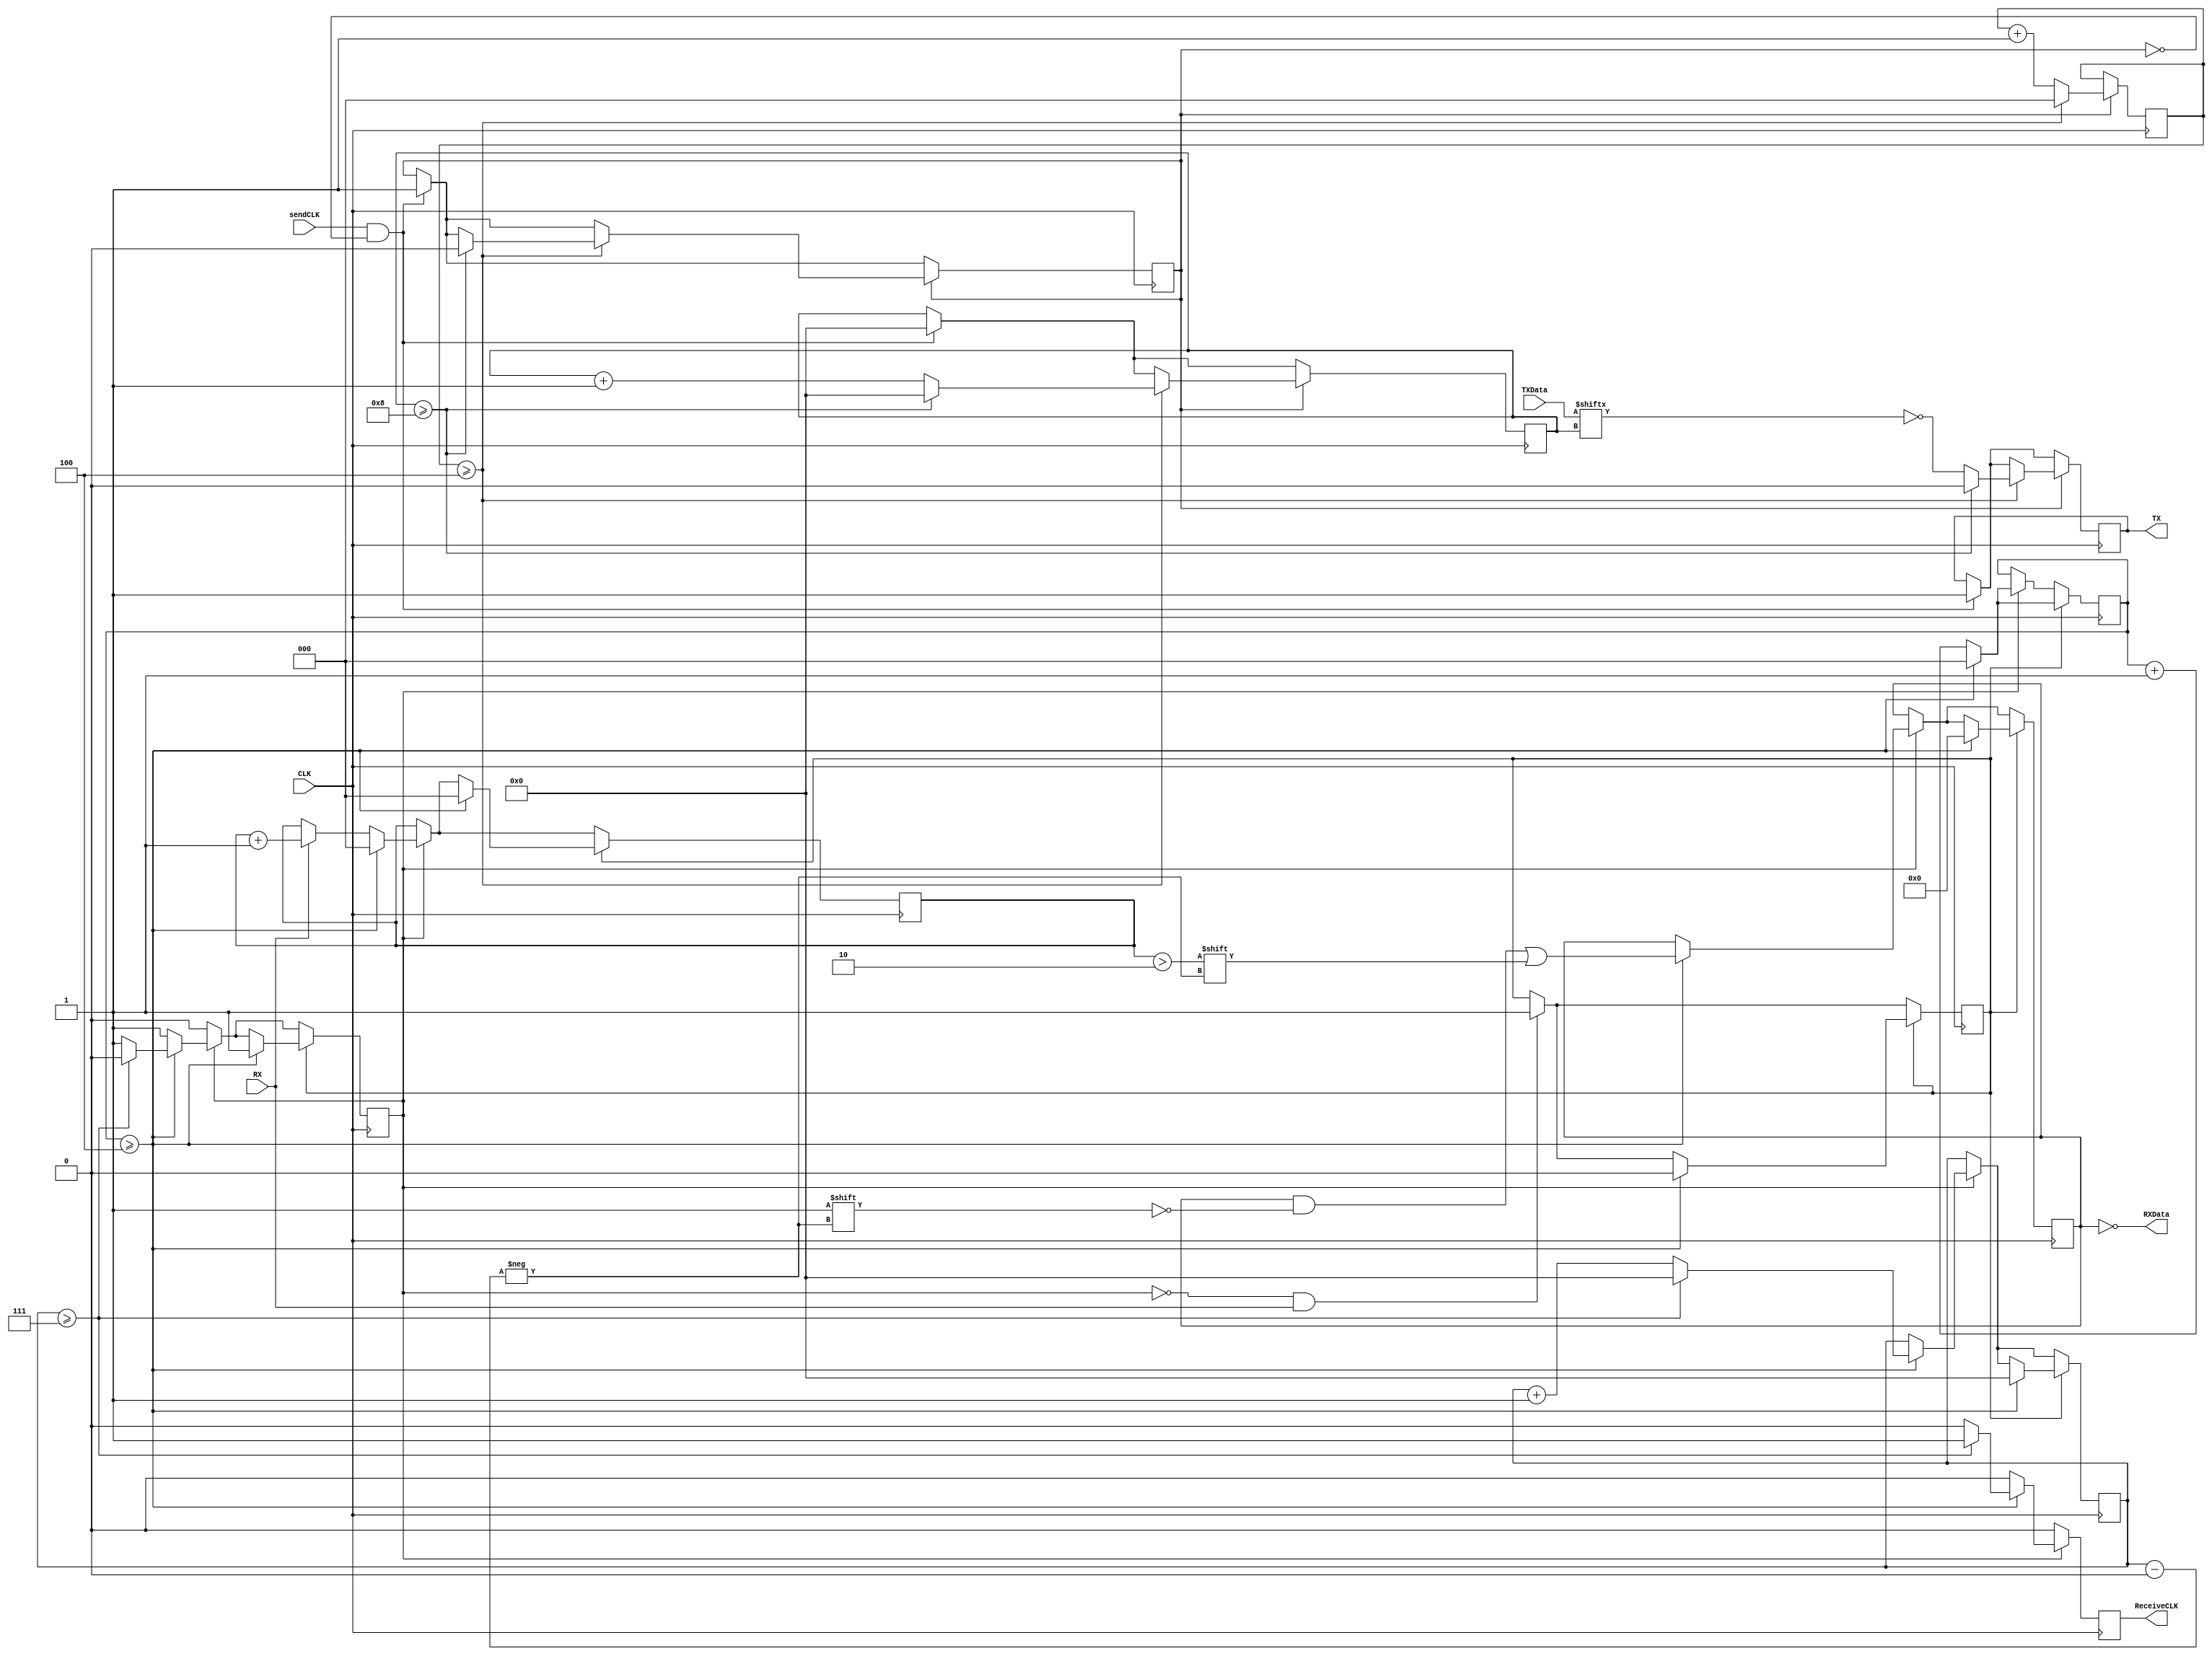
`timescale 1ns / 1ps
//////////////////////////////////////////////////////////////////////////////////
// Company: 
// Engineer: 
// 
// Design Name: 
// Module Name:    RS232 
// Project Name: 
// Target Devices: 
// Tool versions: 
// Description: RS232 Receiver; Used to debug the Basys board by setting certain 
//						variables.
//
// Dependencies: 
//
// Revision: 
// Revision 0.01 - File Created
// Additional Comments: 
//
//////////////////////////////////////////////////////////////////////////////////
module RS232(
	 input CLK,
    input RX, // rx pin (TX as seen from device)
    output TX, // tx pin (RX seen from device)
    output ReceiveCLK, // clocked when a full char has been received.
	 input sendCLK, // clocked when a full char has been put into the buffer.
	 output [7:0] RXData, // data received from device
	 input [7:0] TXData // data sending (en route, clocked by sendCLK)
    );
	 
	 reg ReceiveCLK_, TX_;
	 reg [7:0] RXData_;
	 reg Receiving, Sending; // receiving data
	 reg [5:0] ReceiveCounter, SendingCounter;
	 
	 // Majority Rule counters
	 reg [2:0] Majority, MajorityCounter, MajorityCounter2;
	 reg TSet;
	 
	 initial begin
		ReceiveCLK_ = 0;
		RXData_ = 0;
		Receiving = 0;
		ReceiveCounter = 0;
		Sending = 0;
		SendingCounter = 0;
		Majority=0;
		MajorityCounter=0;
		MajorityCounter2=0;
		TSet=0;
		TX_ = 0;
	 end
	 
	 assign ReceiveCLK = ReceiveCLK_;
	 assign RXData = ~RXData_;
	 assign TX = TX_;
	 
	 // RX will clock, first clock will activate the cycle.
	 // Perform Majority rule with 5 clocks, Majority rule improves efficiency
	 always @ (posedge CLK) begin
		ReceiveCLK_ <= 0;
	 
	   if(Receiving) begin
			TSet <= 0;
			if(MajorityCounter >= 4) begin // majority rule count
				MajorityCounter <= 0;
				// Receive data! Set to true if majority ruled
				RXData_[ReceiveCounter] <= (Majority > 2);

				
				// reset receiving counter
				if(ReceiveCounter >= 7) begin
					ReceiveCounter <= 0;
					Receiving <= 0;
					ReceiveCLK_ <= 1;
				// ELSE: increment receivecounter	
				end else ReceiveCounter <= ReceiveCounter + 1;
				
				Majority <= 0; //reset majority
			end else begin
				MajorityCounter <= MajorityCounter+1; //keep track
				Majority <= (RX) ? Majority+1 : Majority; // increment by 1
			end
		end
		
		// Start receiving if RX == 1
		TSet <= (~Receiving && RX) ? 1 : TSet; // keep on
		if(TSet)	begin
			if(MajorityCounter >= 4) begin // use counter to offset
				MajorityCounter <= 0;
				
				ReceiveCounter <= 0;
				RXData_ <= 0;
				Receiving <= 1; // clock receiving clock
				Majority <= 0;
				TSet <= 0;
			end else begin
				MajorityCounter <= MajorityCounter+1;
			end
		end
	 end
	 
	 
	 // Sending occurs on the negative edge.
	 // This allows for dedicated outputs.
	 always @(negedge CLK) begin
		if(sendCLK && ~Sending) begin
			TX_ <= 1; // Send start bit!
			SendingCounter <= 0;
			Sending <= 1; // start sending information over
		end
		
		// Sending section; Send information over!
		if(Sending) begin
			if(MajorityCounter2 >= 4) begin // majority rule count
				MajorityCounter2 <= 0; // reset counter
				TX_ <= ~TXData[SendingCounter];

				
				// reset receiving counter if at byte size
				if(SendingCounter >= 8) begin
					SendingCounter <= 0;
					Sending <= 0;
					TX_ <= 0;
				// ELSE: increment sending counter
				end else SendingCounter <= SendingCounter + 1;
			end else begin // count the region
				MajorityCounter2 <= MajorityCounter2+1; 
			end
		end
	end
endmodule